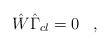
LaTeX: \begin{align*} \hat{W} \hat{\Gamma}_{cl} = 0 \; \; \; ,\end{align*}